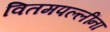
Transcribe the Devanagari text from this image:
वितमपल्लींना